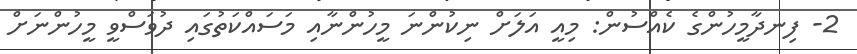
2- ފިނދާމީހުންގެ ކެއްސުން: މިއީ އަލަށް ނިކުންނަ މީހުންނާއި މަސައްކަތުގައި ދުވަސްވީ މީހުންނަށް